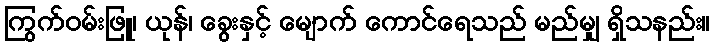
ကြွက်ဝမ်းဖြူ၊ ယုန်၊ ခွေးနှင့် မျောက် ကောင်ရေသည် မည်မျှ ရှိသနည်း။